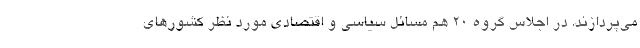
می‌پردازند. در اجلاس گروه ۲۰ هم مسائل سیاسی و اقتصادی مورد نظر کشورهای